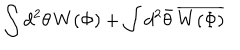
LaTeX: \int d ^ { 2 } \theta \, W ( \Phi ) + \int d ^ { 2 } \bar { \theta } \, \overline { { { W ( \Phi ) } } }